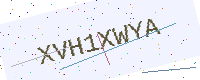
Text: XVH1XWYA